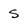
Character: S